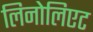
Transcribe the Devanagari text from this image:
लिनोलिएट